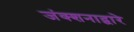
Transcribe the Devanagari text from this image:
जंक्शनाद्वारे